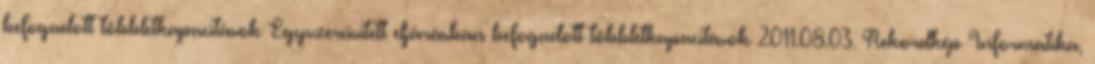
befogadott többletkapacitások Egyszerűsített eljárásban befogadott többletkapacitások 2011.08.03. Rekordkép Informatika,